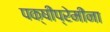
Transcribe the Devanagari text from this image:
पक्षीप्रेमींना